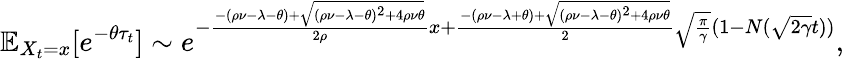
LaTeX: \mathbb{E}_{X_{t}=x}[e^{-\theta\tau_{t}}]\sim e^{-\frac{-(\rho\nu-\lambda-\theta)+\sqrt{(\rho\nu-\lambda-\theta)^{2}+4\rho\nu\theta}}{2\rho}x+\frac{-(\rho\nu-\lambda+\theta)+\sqrt{(\rho\nu-\lambda-\theta)^{2}+4\rho\nu\theta}}{2}\sqrt{\frac{\pi}{\gamma}}(1-N(\sqrt{2\gamma}t))},